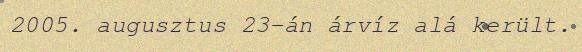
2005. augusztus 23-án árvíz alá került.